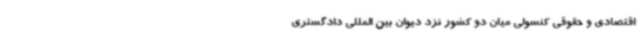
اقتصادی و حقوقی کنسولی میان دو کشور نزد دیوان بین المللی دادگستری